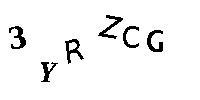
3YRZCG